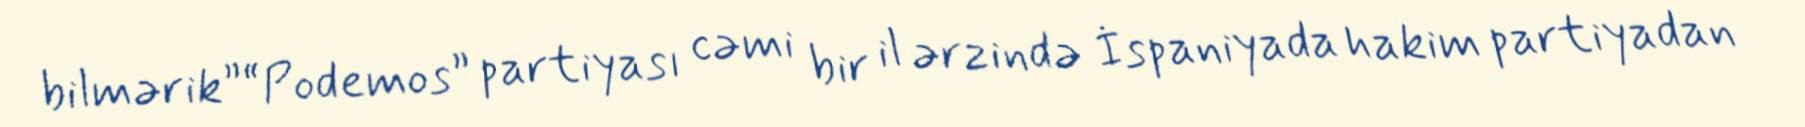
bilmərik”“Podemos” partiyası cəmi bir il ərzində İspaniyada hakim partiyadan